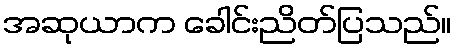
အဆုယာက ခေါင်းညိတ်ပြသည်။